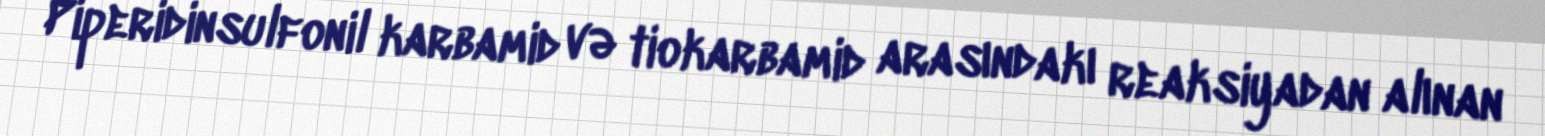
Piperidinsulfonil karbamid və tiokarbamid arasındakı reaksiyadan alınan